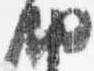
納